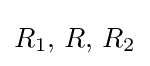
R_{1},\,R,\,R_{2}